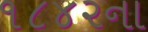
૧૮૪૨ના